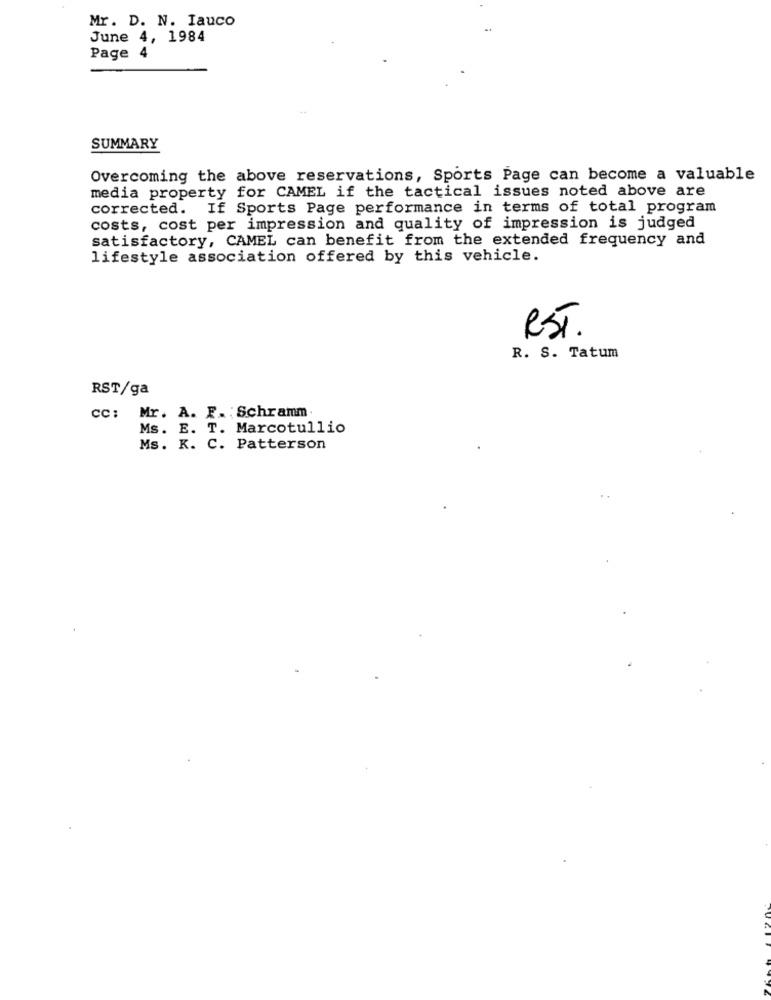
Mr. D. N. Iauco
June 4, 1984
Page 4
SUMMARY
Overcoming the above reservations, Sports Page can become a valuable
media property for CAMEL if the tactical issues noted above are
corrected. If Sports Page performance in terms of total program
costs, cost per impression and quality of impression is judged
satisfactory, CAMEL can benefit from the extended frequency and
lifestyle association offered by this vehicle.
RST.
R. S. Tatum
RST/ga
cc: Mr. A. F. : Schramm
Ms. E. T. Marcotullio
Ms. K. C. Patterson